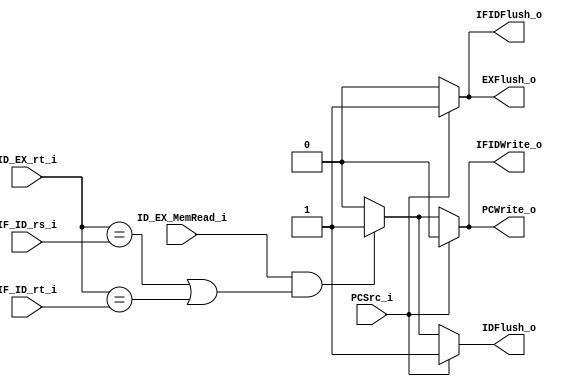
`timescale 1ns / 1ps
//w0111279
//////////////////////////////////////////////////////////////////////////////////
// Company: 
// Engineer: 
// 
// Design Name: 
// Module Name:    Hazard_Detection_Unit 
// Project Name: 
// Target Devices: 
// Tool versions: 
// Description: 
//
// Dependencies: 
//
// Revision: 
// Revision 0.01 - File Created
// Additional Comments: 
//
//////////////////////////////////////////////////////////////////////////////////
module Hazard_Detection_Unit(
			IF_ID_rs_i,
			IF_ID_rt_i,
			ID_EX_rt_i,
			ID_EX_MemRead_i,
			PCSrc_i,
			PCWrite_o,
			IFIDWrite_o,
			IFIDFlush_o,
			IDFlush_o,
			EXFlush_o,
		 );

input [5-1:0] IF_ID_rs_i,IF_ID_rt_i,ID_EX_rt_i;
input 		  ID_EX_MemRead_i,PCSrc_i;	 
output reg 	  PCWrite_o,IFIDWrite_o;
output reg	  IFIDFlush_o,IDFlush_o,EXFlush_o;

always@( * )begin
	//if branch taking place, flush the instructions in IF, ID and EX stage
	if(PCSrc_i)begin
		PCWrite_o=1'b0;
		IFIDWrite_o=1'b0;
		IFIDFlush_o=1'b1;
		IDFlush_o=1'b1;
		EXFlush_o=1'b1;
	end
	//if there is a data dependency between a LW instruction and any other instruction, insert bubble (stall)
	else if(ID_EX_MemRead_i && ((ID_EX_rt_i==IF_ID_rs_i) || (ID_EX_rt_i==IF_ID_rt_i))) begin
		PCWrite_o=1'b1;
		IFIDWrite_o=1'b1;
		IFIDFlush_o=1'b0;
		IDFlush_o=1'b1;
		EXFlush_o=1'b0;
	end
	else begin
		PCWrite_o=1'b0;
		IFIDWrite_o=1'b0;
		IFIDFlush_o=1'b0;
		IDFlush_o=1'b0;
		EXFlush_o=1'b0;
	end
end

endmodule